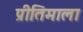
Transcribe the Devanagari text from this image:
प्रीतिमाला